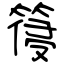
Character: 䈜